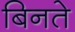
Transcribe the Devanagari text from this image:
बिनते